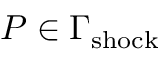
P \in \Gamma _ { \mathrm { { s h o c k } } }